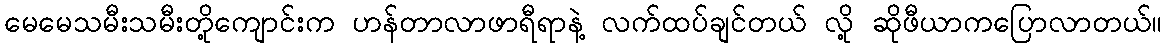
မေမေသမီးသမီးတို့ကျောင်းက ဟန်တာလာဖာရီရာနဲ့ လက်ထပ်ချင်တယ် လို့ ဆိုဖီယာကပြောလာတယ်။